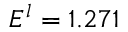
E ^ { l } = 1 . 2 7 1